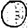
Digit: 0